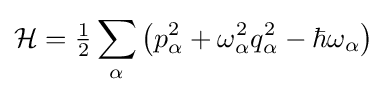
{\mathcal {H}}={\tfrac {1}{2}}\sum _{\alpha }\left(p_{\alpha }^{2}+\omega _{\alpha }^{2}q_{\alpha }^{2}-\hbar \omega _{\alpha }\right)